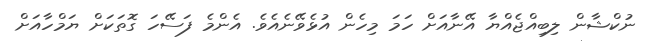
ނުކްޝާން ލިބިއްޖެއްޔާ އޭނާއަށް ހަމަ މިހެން އުޅެވޭނެއެވެ. އެންމެ ފަސޭހަ ގޮތަކަށް ޔަމްހާއަށް